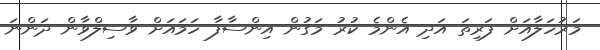
މަރުހަލާއަށް ފަރިތަ އަދި އެންމެ ކުރު މަގުން އިންސާފާ ހަމައަށް ވާސިލްވާން ދަންނަ